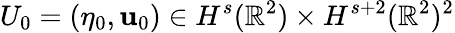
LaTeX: U_{0}=(\eta_{0},\mathbf{u}_{0})\in H^{s}(\mathbb{R}^{2})\times H^{s+2}(\mathbb{R}^{2})^{2}